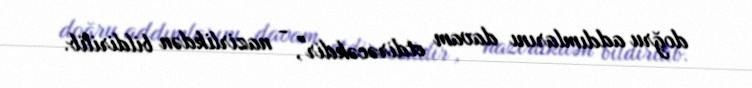
doğru addımlarını davam etdirəcəkdir", - nazirlikdən bildirilib.